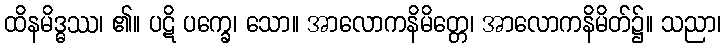
ထိနမိဒ္ဓဿ၊ ၏။ ပဋိ ပက္ခေ၊ သော။ အာလောကနိမိတ္တေ၊ အာလောကနိမိတ်၌။ သညာ၊